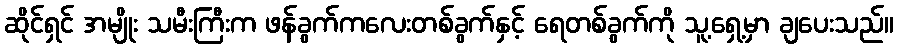
ဆိုင်ရှင် အမျိုး သမီးကြီးက ဖန်ခွက်ကလေးတစ်ခွက်နှင့် ရေတစ်ခွက်ကို သူ့ရှေ့မှာ ချပေးသည်။